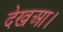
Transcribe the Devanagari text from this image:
देखआ।